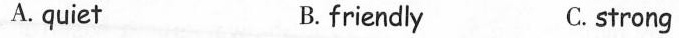
A. quiet B. friendly C. strong